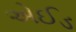
એઈડ